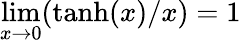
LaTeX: \operatorname*{lim}_{x\rightarrow 0}(\operatorname{tanh}(x)/x)=1